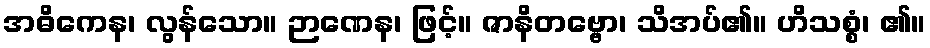
အဓိကေန၊ လွန်သော။ ဉာဏေန၊ ဖြင့်။ ဇာနိတဗ္ဗော၊ သိအပ်၏။ ဟိသစ္စံ၊ ၏။